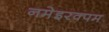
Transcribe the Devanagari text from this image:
नमेइरक्पम